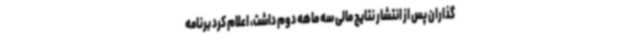
گذاران پس از انتشار نتایج مالی سه ماهه دوم داشت، اعلام کرد برنامه